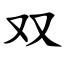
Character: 双